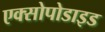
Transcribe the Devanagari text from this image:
एक्सोपोडाइड